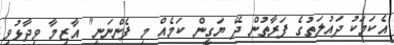
އެކަމަކު ދައުލަތުގެ ފަރާތުން ދޭ ޔަގީން ކަމެއް މި ފެންނަނީ" އާޒިމާ ވިދާޅުވި